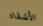
الأشقاء